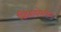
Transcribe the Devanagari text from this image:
स्थिरावलेली